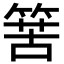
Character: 𥯶